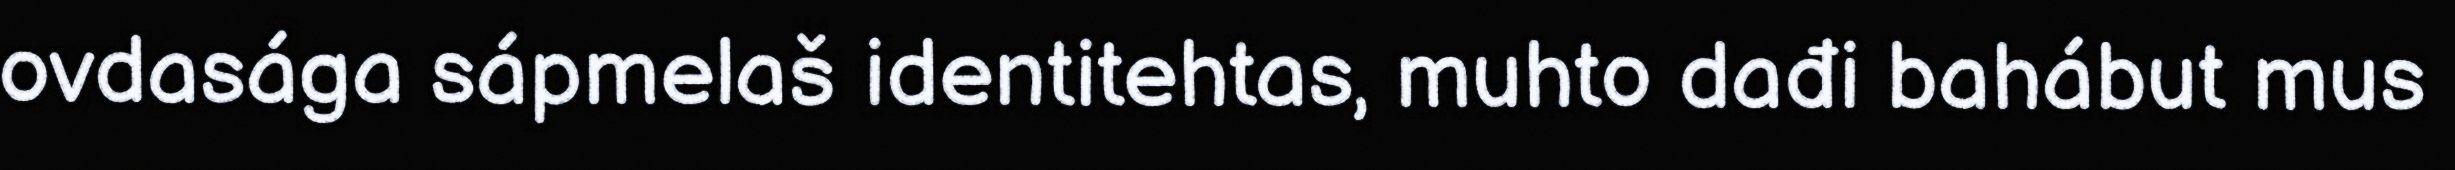
ovdasága sápmelaš identitehtas, muhto dađi bahábut mus